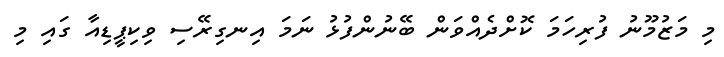
މި މަޒުމޫނު ފުރިހަމަ ކޮށްދެއްވަން ބޭނުންފުޅު ނަމަ އިނގިރޭސި ވިކިޕީޑިއާ ގައި މި